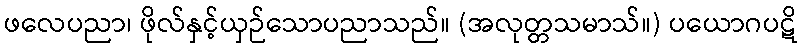
ဖလေပညာ၊ ဖိုလ်နှင့်ယှဉ်သောပညာသည်။ (အလုတ္တသမာသ်။) ပယောဂပဋိ